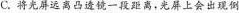
C.将光屏远离凸透镜一段距离，光屏上会出现倒